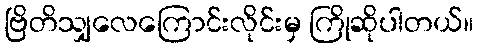
ဗြိတိသျှလေကြောင်းလိုင်းမှ ကြိုဆိုပါတယ်။